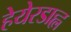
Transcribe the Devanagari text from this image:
हेयेरडाह्ल